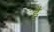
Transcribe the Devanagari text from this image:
है॑